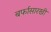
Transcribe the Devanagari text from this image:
बर्फासारखी